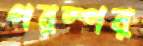
পরস্পর